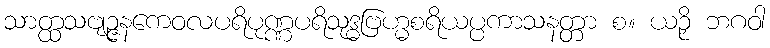
သာတ္ထသဗျဉ္ဇနကေဝလပရိပုဏ္ဏပရိသုဒ္ဓဗြဟ္မစရိယပ္ပကာသနတ္တာ စ။ ယဉှိ ဘဂဝါ